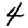
Digit: 4